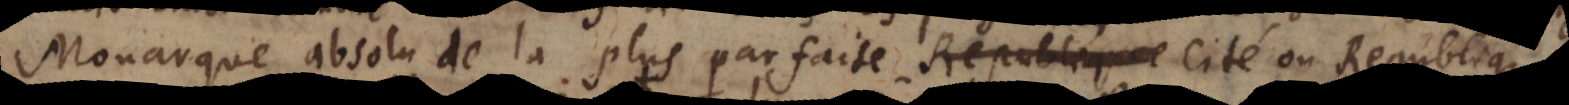
Monarque absolu de la plus parfaite Republique, qui